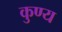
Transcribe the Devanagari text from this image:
कुण्य